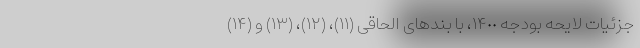
جزئیات لایحه بودجه ١۴٠٠، با بندهای الحاقی (۱۱)، (۱۲)، (۱۳) و (۱۴)